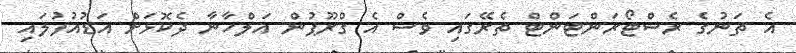
އެ ތަނުގެ ރެސްޓޯރަންޓަންޓް ތެރޭގައި ވެސް އެ ގްރޫޕުން އަލްހާނާ ދެކޮޅަށް އަޑުއުފުލައި